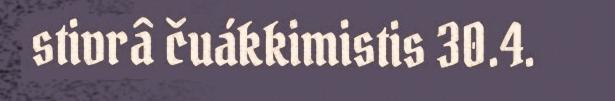
stivrâ čuákkimistis 30.4.